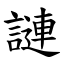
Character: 謰